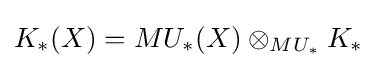
K_{*}(X)=MU_{*}(X)\otimes _{MU_{*}}K_{*}